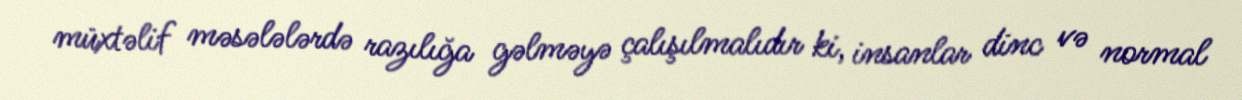
müxtəlif məsələlərdə razılığa gəlməyə çalışılmalıdır ki, insanlar dinc və normal